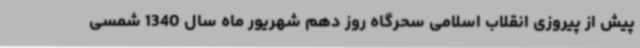
پیش از پیروزی انقلاب اسلامی سحرگاه روز دهم شهریور ماه سال 1340 شمسی